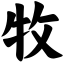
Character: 牧